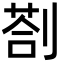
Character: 剳